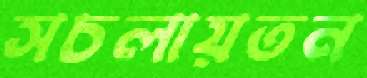
সচলায়তন